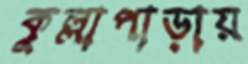
কুল্লাপাড়ায়